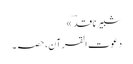
شبیر ناقدؔ »
دعوت القرآن، حصہ۔